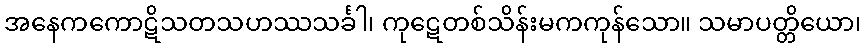
အနေကကောဋိသတသဟဿသင်္ခါ၊ ကုဋေတစ်သိန်းမကကုန်သော။ သမာပတ္တိယော၊